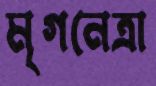
মৃগনেত্রা